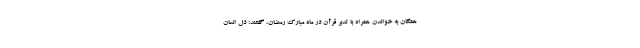
همگان به خواندن همراه با تدبر قرآن در ماه مبارک رمضان، گفتند: دل انسان